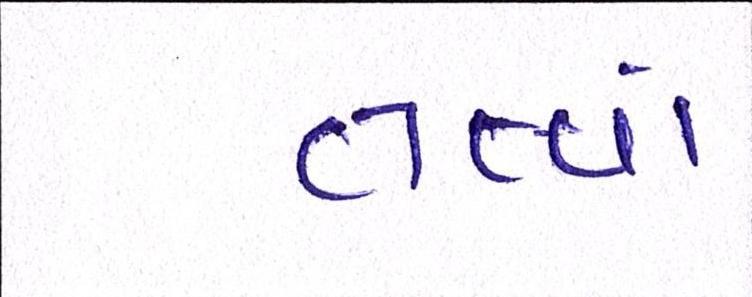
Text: તત્ત્વો